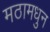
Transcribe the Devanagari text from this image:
मठामधुन